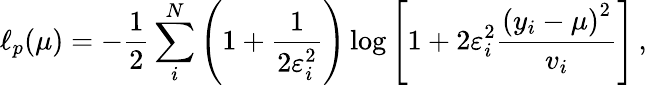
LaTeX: \ell_{p}(\mu)=-\frac{1}{2}\sum_{i}^{N}\left(1+\frac{1}{2\varepsilon_{i}^{2}}\right)\log\left[{1+2\varepsilon_{i}^{2}\frac{\left(y_{i}-\mu\right)^{2}}{v_{i}}}\right]\, ,